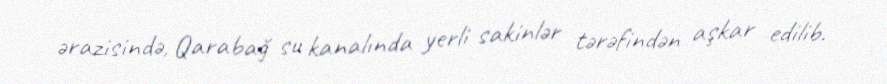
ərazisində, Qarabağ su kanalında yerli sakinlər tərəfindən aşkar edilib.